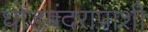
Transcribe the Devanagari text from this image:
घोडबंदरापाशी